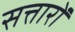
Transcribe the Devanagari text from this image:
सत्तारों